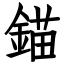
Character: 錨